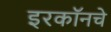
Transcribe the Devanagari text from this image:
इरकॉनचे